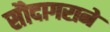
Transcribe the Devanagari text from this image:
सौदागराने